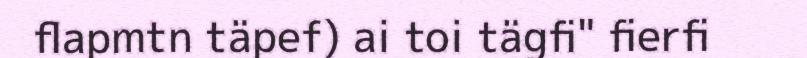
flapmtn täpef) ai toi tägfi" fierfi